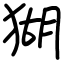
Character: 猢